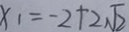
x _ { 1 } = - 2 + 2 \sqrt { 2 }